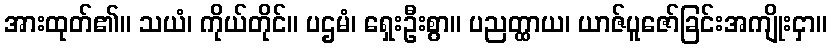
အားထုတ်၏။ သယံ၊ ကိုယ်တိုင်။ ပဌမံ၊ ရှေးဦးစွာ။ ပညတ္ထာယ၊ ယာဇ်ပူဇော်ခြင်းအကျိုးငှာ။